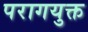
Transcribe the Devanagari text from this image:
परागयुक्त